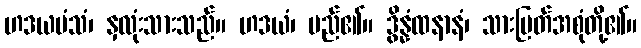
ဟဒယမံသံ၊ နှလုံးသားသည်။ ဟဒယံ၊ မည်၏။ ဒွိန္နံထနာနံ၊ သားမြတ်အစုံတို့၏။